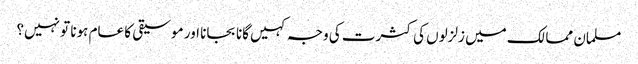
مسلمان ممالک میں زلزلوں کی کثرت کی وجہ کہیں گانا بجانا اور موسیقی کا عام ہونا تو نہیں؟